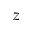
z